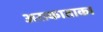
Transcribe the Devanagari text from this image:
अराकाताका